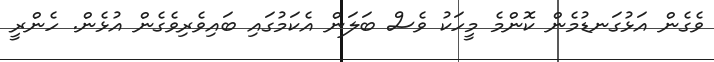
ވެގެން އަޅުގަނޑުމެން ކޮންމެ މީހަކު ވެސް ބަލަން އެކަމުގައި ބައިވެރިވެގެން އުޅެން. ހެންރީ